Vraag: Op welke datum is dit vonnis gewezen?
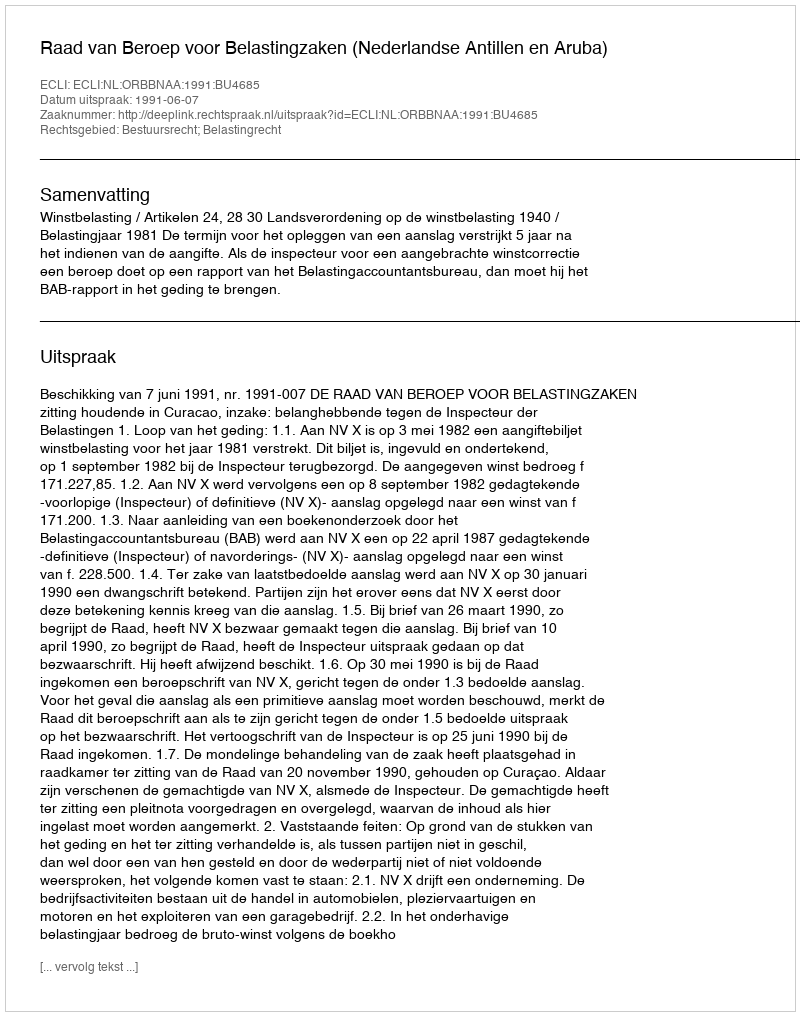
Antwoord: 1991-06-07